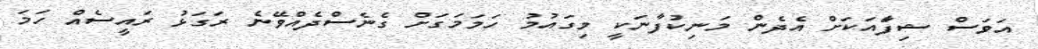
އަވަސް ޝިފާައަކަށް އެދެން މަނިކުފާނަކީ މިގައުމު ހަމަމަގަށް ގެނެސްދެއްވޭނެ ރަގަޅު ރައީސެއް ހަމަ